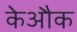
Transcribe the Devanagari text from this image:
केऔक